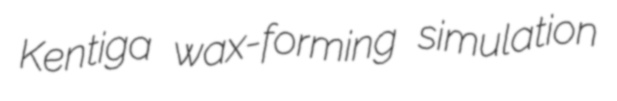
Kentiga wax-forming simulation